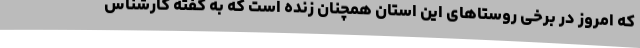
که امروز در برخی روستاهای این استان همچنان زنده است که به گفته کارشناس